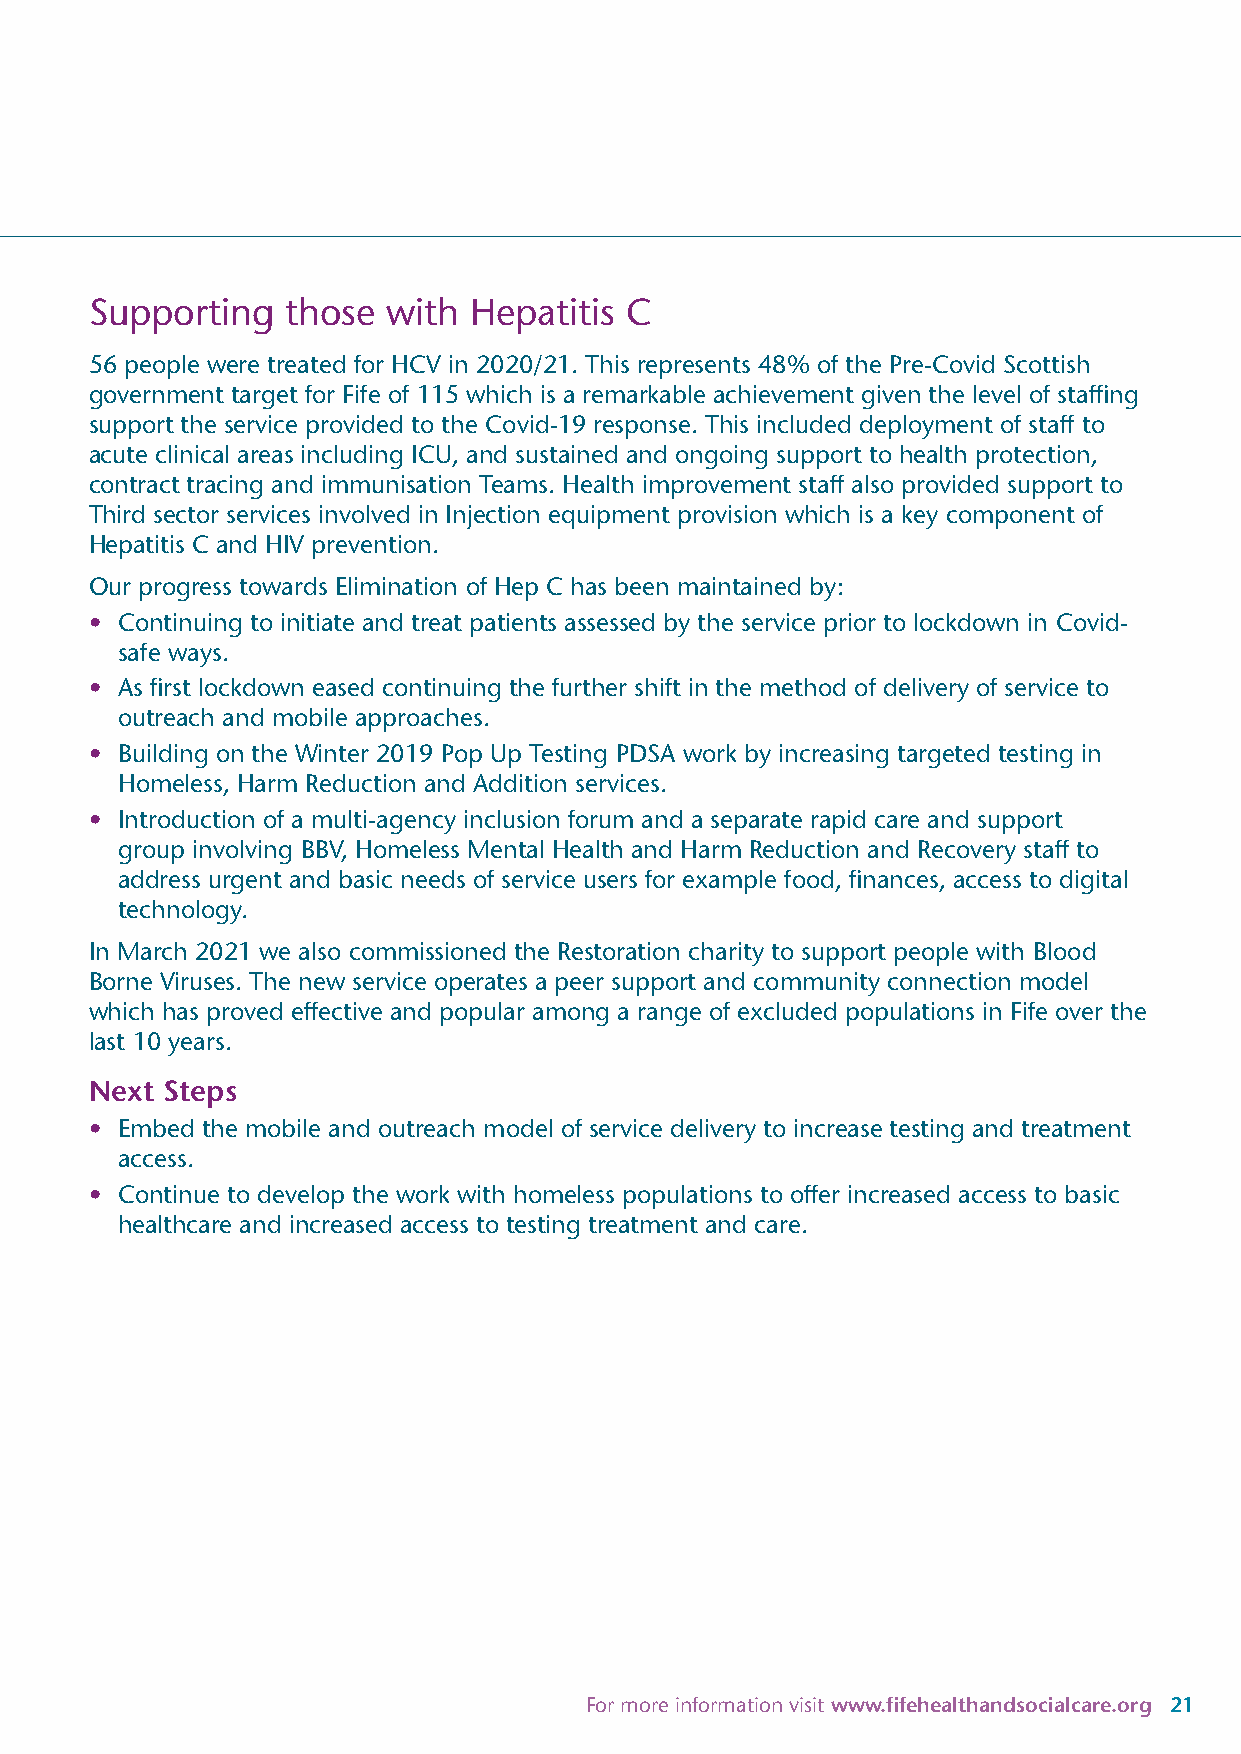
Supporting   those  with Hepatitis C
 56 people were treated for HCV in 2020/21. This represents 48% of the Pre-Covid Scottish
 government target for Fife of 115 which is a remarkable achievement given the level of staffing
 support the service provided to the Covid-19 response. This included deployment of staff to
 acute clinical areas including ICU, and sustained and ongoing support to health protection,
 contract tracing and immunisation Teams. Health improvement staff also provided support to
 Third sector services involved in Injection equipment provision which is a key component of
 Hepatitis C and HIV prevention.
 Our progress towards Elimination of Hep C has been maintained by:
 • Continuing to initiate and treat patients assessed by the service prior to lockdown in Covid-
 safe ways.
 • As first lockdown eased continuing the further shift in the method of delivery of service to
 outreach and mobile approaches.
 • Building on the Winter 2019 Pop Up Testing PDSA work by increasing targeted testing in
 Homeless, Harm Reduction and Addition services.
 • Introduction of a multi-agency inclusion forum and a separate rapid care and support
 group involving BBV, Homeless Mental Health and Harm Reduction and Recovery staff to
 address urgent and basic needs of service users for example food, finances, access to digital
 technology.
 In March 2021 we also commissioned the Restoration charity to support people with Blood
 Borne Viruses. The new service operates a peer support and community connection model
 which has proved effective and popular among a range of excluded populations in Fife over the
 last 10 years.
 Next Steps
 • Embed the mobile and outreach model of service delivery to increase testing and treatment
 access.
 • Continue to develop the work with homeless populations to offer increased access to basic
 healthcare and increased access to testing treatment and care.
 For more information visit www.fifehealthandsocialcare.org 21